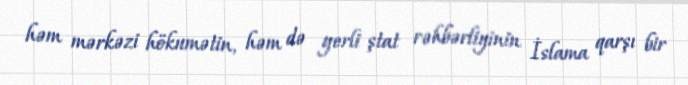
həm mərkəzi hökumətin, həm də yerli ştat rəhbərliyinin İslama qarşı bir